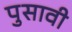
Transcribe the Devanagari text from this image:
पुसावी